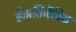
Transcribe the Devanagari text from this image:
है।प्रतिजैविक